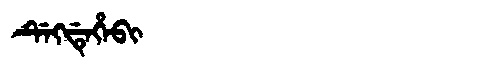
Manchu: ᡩᡝᡴᡩᡝᡥᡝᠪᡳ
Romanization: DEKDEHEBI